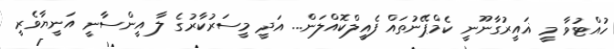
ހުއްޓުވާ މީ ޣައީރުގާނޫނީ ކެމްޕޭނުތައް ފެއީލްކޮއްލަން... އަދީ މީސަރުކާރުގެ ލާ އީންސާނީ އަނީޔާވެރީ